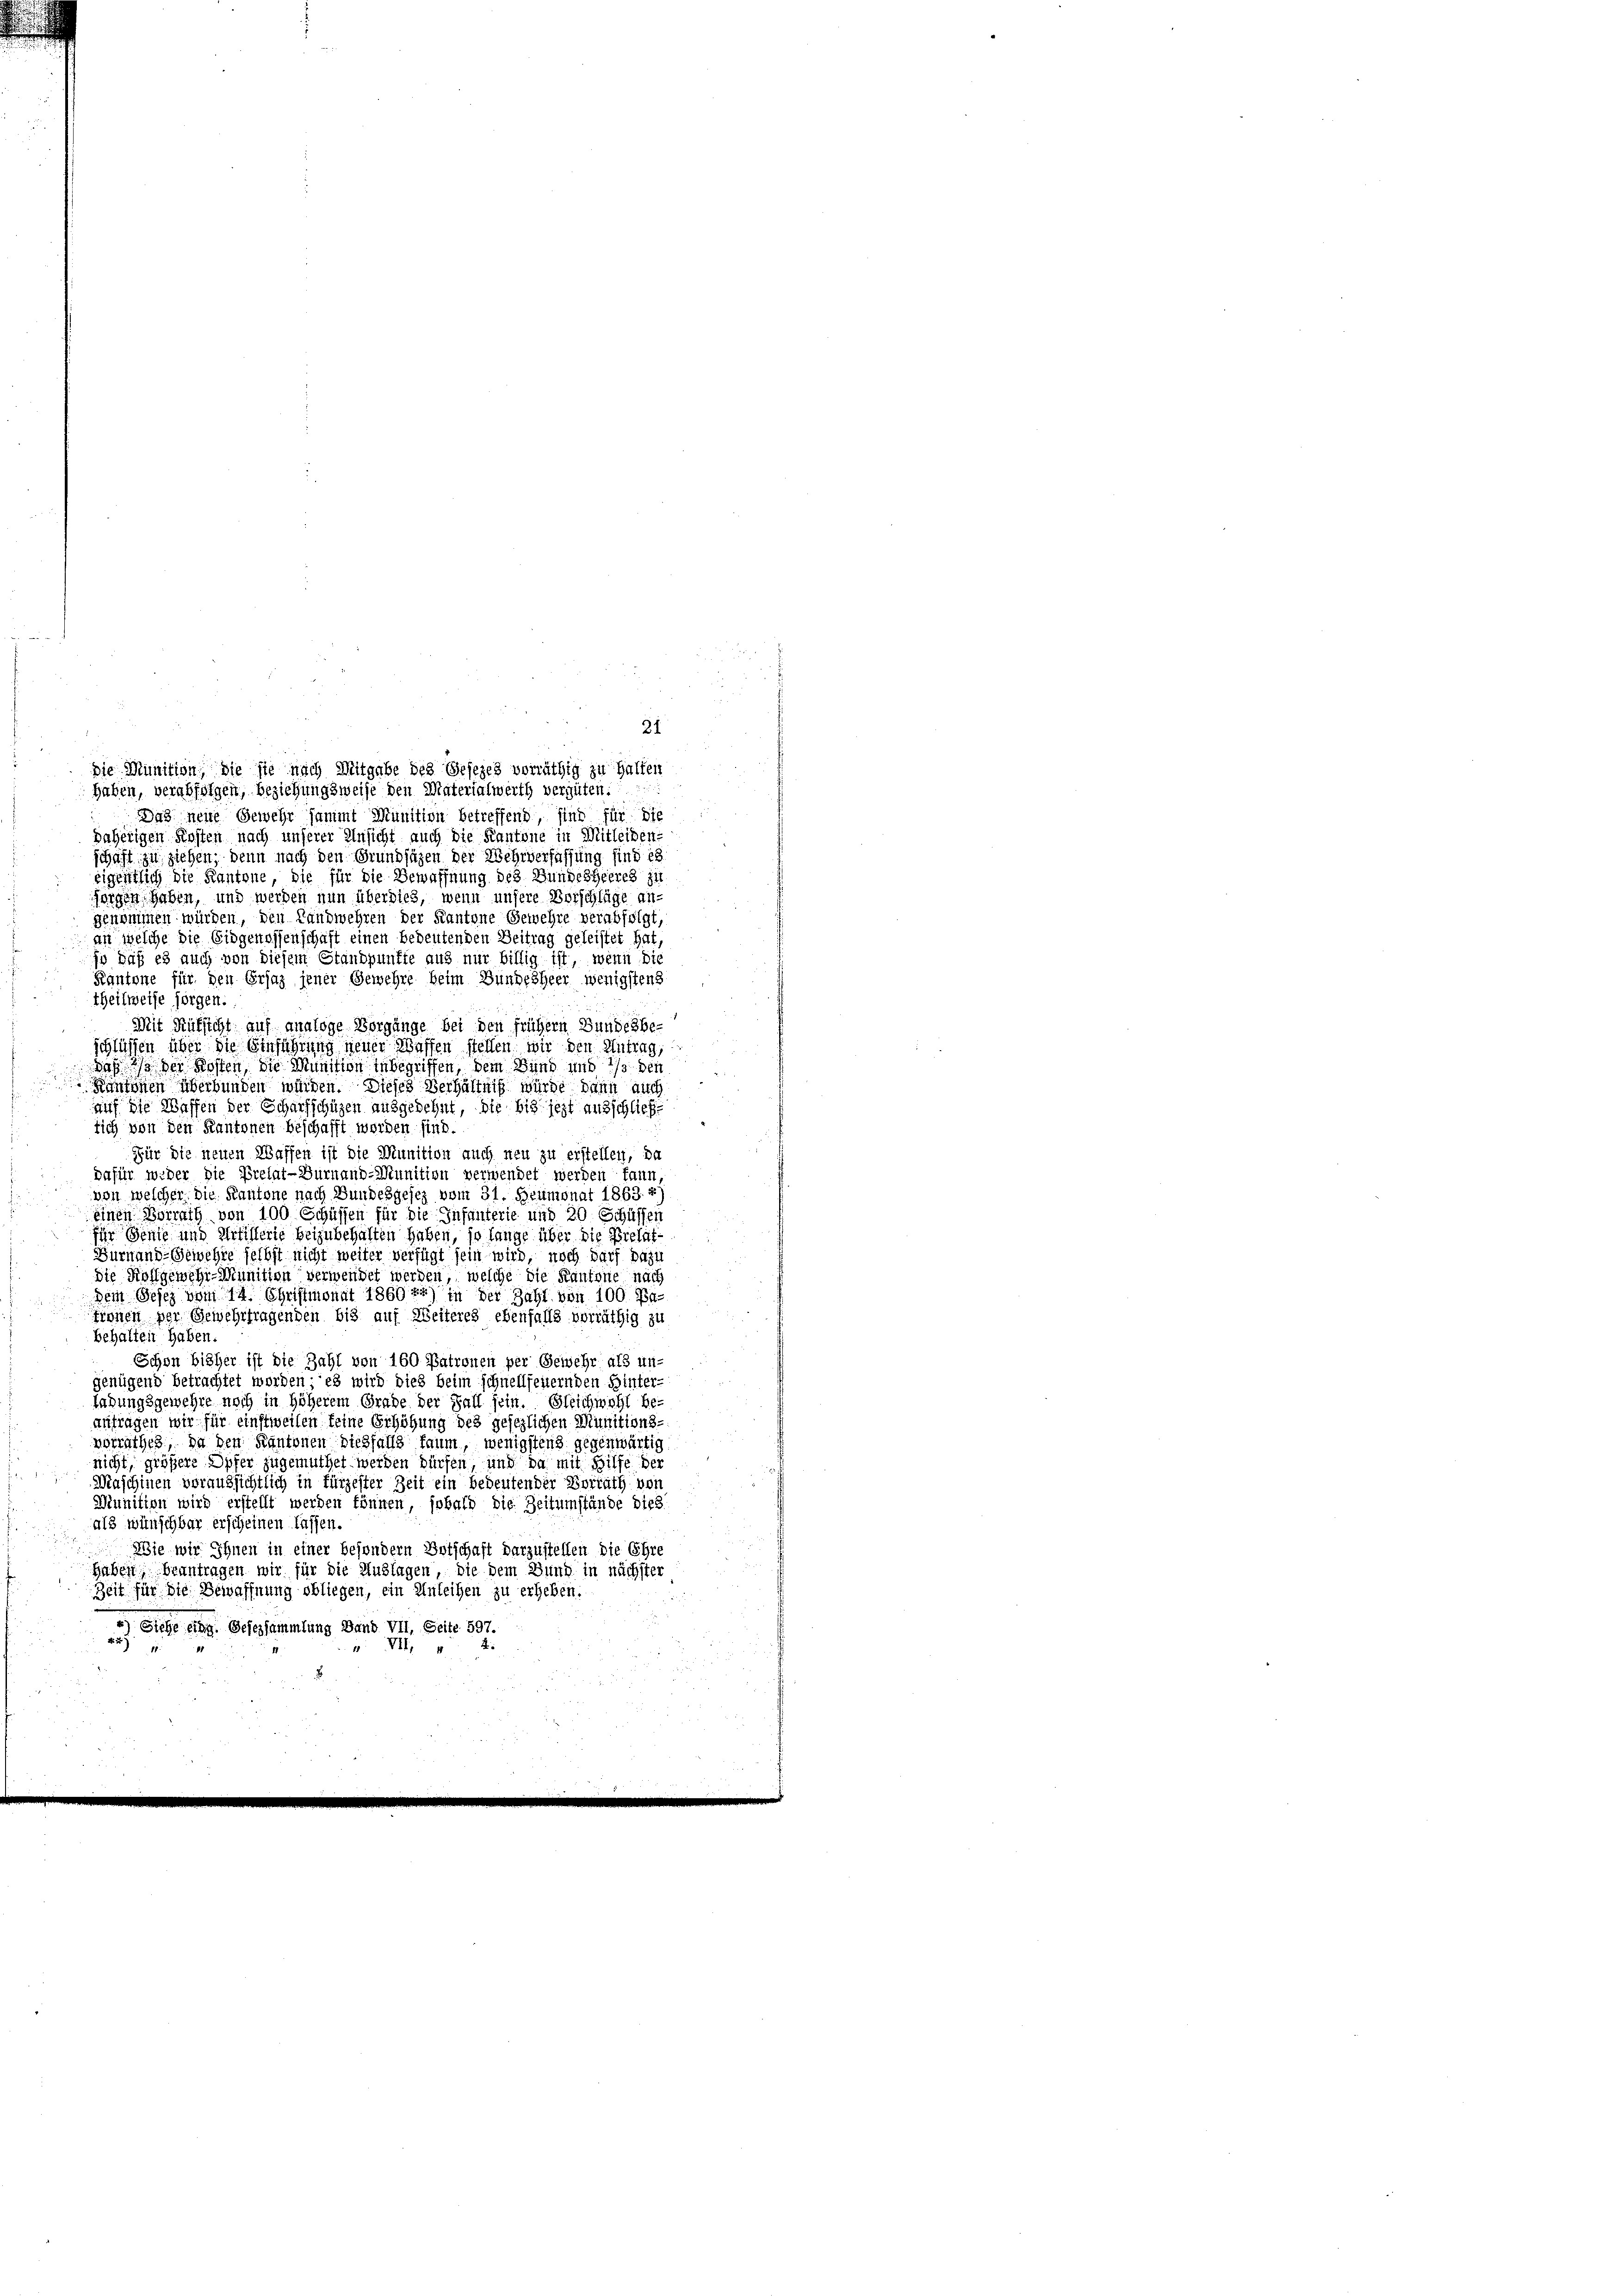
die Munition, die sie nach Mitgabe des Gesezes vorräthig zu halten
haben, verabfolgen, beziehungsweise den Materialwerth vergüten.
Das neue Gewehr sammt Munition betreffend, sind für die
daherigen Kosten nach unserer Ansicht auch die Kantone in Mitleiden-
schaft, zu ziehen, denn nach den Grundsäzen der Wehrverfassung findes
eigentlich die Kantone, die für die Bewaffnung des Bundesheeres zu
sorgen haben, und werden nun überdies, wenn unsere Vorschläge an-
genommen würden, den Landwehren der Kantone Gewehre verabfolgt
an welche die Eidgenossenschaft einen bedeutenden Beitrag geleistet hat,
jo daß es auch von diesem Standpunkte aus nur billig ist, wenn die
Kantone für den Ersaz jener Gemehre beim Bundesheer wenigstens
theilweise sorgen.
Mit Rüksicht auf analoge Vorgänge bei den frühern Bundesbe-
schlüssen über die Einführung neuer Waffen stellen wir den Antrag,
daß es der Kosten, die Munition inbegriffen, dem Bund und */s den
F
Kantonen überbunden würden. Dieses Verhältniß würde dann auch
auf die Waffen der Scharfschüzen ausgedehnt, die bis jezt ausschließlich von den Kantonen beschafft worden sind.
Für die neuen Waffen ist die Munition auch neu zu erstellen, da
dafür weder die Prelat-Durnaud-Munition verwendet werden kann
von welcher. Die Kantone nach Bundesgesez vom 31. Heumonat 1863. 27
einen Vorrath von 100 Schüssen für die Infanterie und 20 Schüssen
für Senie und Artillerie beizubehalten haben, so lange über die Prelat¬
Fürnande Gewehre selbst nicht weiter verfügt sein wird, noch darf dazu
die Kollgewehr-Munition verwendet werden, welche die Kantone nach
Dem Gesez vom 14. Christmonat 186972) in der Zahl von 100 Pa-
fronen per Gewehrfragenden bis auf Weiteres ebenfalls vorräthig zu
behalten haben.
Schon bisher ist die Zahl von 160 Patronen per Gewehr als un-
genügend betrachtet worden; es wird dies beim schnellfeuernden Hinter-
ladungsgewehre noch in höherem Grade der Fall sein. Gleichwohl be-
antragen wir für einstweilen keine Erhöhung des gesezlichen Munitions-
vorrathes, da den Kantonen diesfalls kaum, wenigstens gegenwärtig
nicht, größere Opfer zugemuthet werden dürfen, und da mit Hilfe der
Maschinen voraussichtlich in fürzester Zeit ein bedeutender Vorrath von
Wiunition wird erstellt werden können, sobald die Zeitumstände dies
als wünschbar erscheinen lassen.
Wie wir Ihnen in einer besondern Botschaft darzustellen die Ehre
Haben, beantragen wir für die Auflagen, die dem Bund in nächster
Zeit für die Bewaffnung obliegen, ein Anleihen zu erheben.
*) Siehe eine Gesersammlung Band VII. Seite 597.
au
II,

21